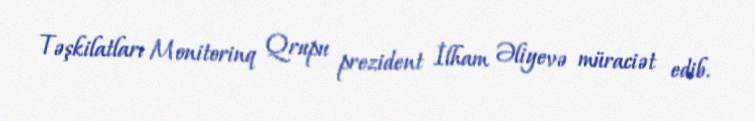
Təşkilatları Monitorinq Qrupu prezident İlham Əliyevə müraciət edib.